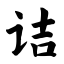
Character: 诘